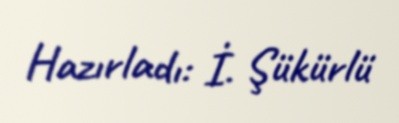
Hazırladı: İ. Şükürlü